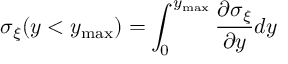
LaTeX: \sigma _ { \xi } ( y < y _ { \operatorname * { m a x } } ) = \int _ { 0 } ^ { y _ { \operatorname * { m a x } } } \frac { \partial \sigma _ { \xi } } { \partial y } d y